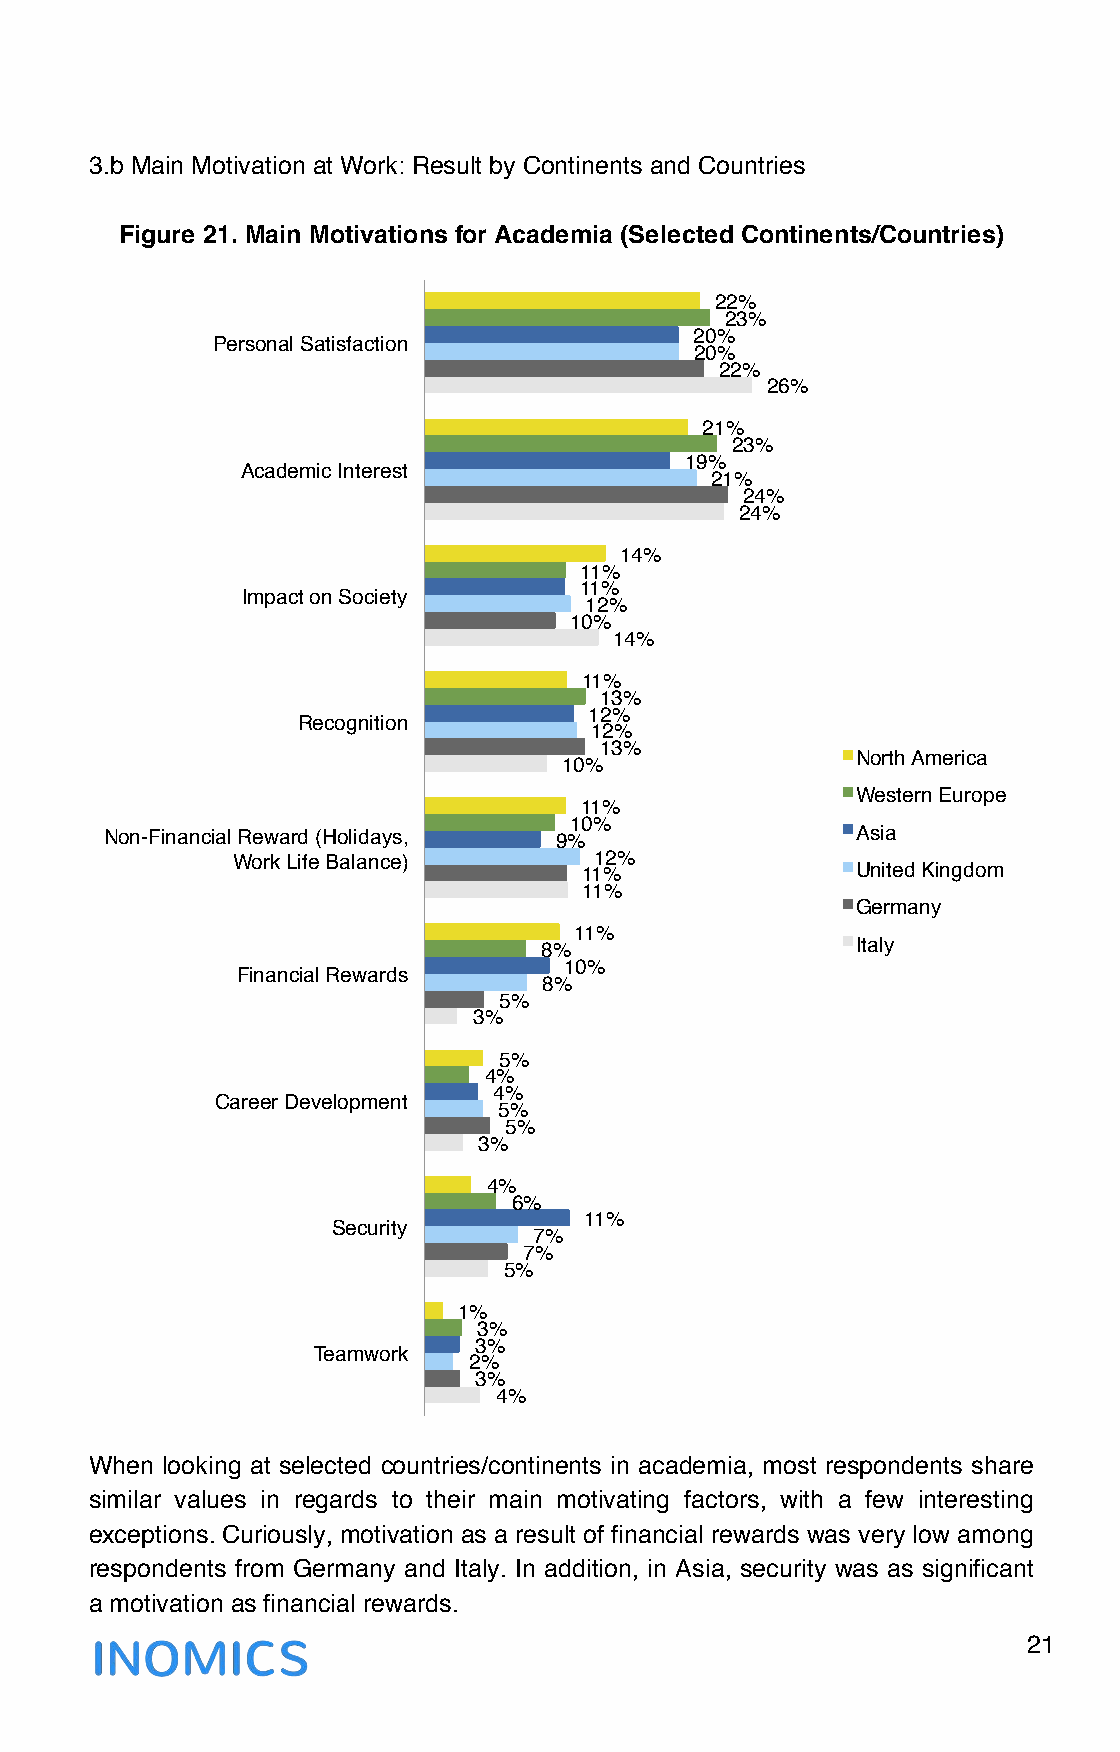
3.b Main Motivation at Work: Result by Continents and Countries
 Figure 21. Main Motivations for Academia (Selected Continents/Countries)
 22%"
 23%"
 20%"
 Personal Satisfaction"
 20%"
 22%"
 26%"
 21%"
 23%"
 19%"
 Academic Interest"
 21%"
 24%"
 24%"
 14%"
 11%"
 11%"
 Impact on Society"
 12%"
 10%"
 14%"
 11%"
 13%"
 12%"
 Recognition"
 12%"
 13%"
 North America"
 10%"
 Western Europe"
 11%"
 10%"
 Non-Financial Reward (Holidays, 9%"               Asia"
 Work Life Balance)"     12%"
 11%"               United Kingdom"
 11%"
 Germany"
 11%"
 8%"                  Italy"
 10%"
 Financial Rewards"
 8%"
 5%"
 3%"
 5%"
 4%"
 4%"
 Career Development"
 5%"
 5%"
 3%"
 4%"
 6%"
 11%"
 Security"
 7%"
 7%"
 5%"
 1%"
 3%"
 3%"
 Teamwork"
 2%"
 3%"
 4%"
 When looking at selected countries/continents in academia, most respondents share
 similar values in regards to their main motivating factors, with a few interesting
 exceptions. Curiously, motivation as a result of financial rewards was very low among
 respondents from Germany and Italy. In addition, in Asia, security was as significant
 a motivation as financial rewards.
 21
 !